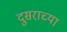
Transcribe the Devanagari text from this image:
दुसराच्या